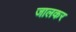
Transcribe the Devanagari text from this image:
जालकर